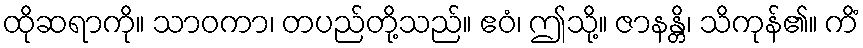
ထိုဆရာကို။ သာဝကာ၊ တပည်တို့သည်။ ဧဝံ၊ ဤသို့။ ဇာနန္တိ၊ သိကုန်၏။ ကိံ